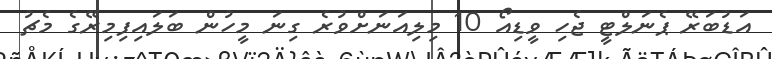
އަޑުބަރޭ ޕެނަލްޓީ ޖެހި ވީޑިއޯ 10 މިލިއަނަށްވުރެ ގިނަ މީހުން ބަލައިފިމިރޭގެ މެޗު